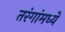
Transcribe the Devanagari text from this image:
तरंगांमध्ये